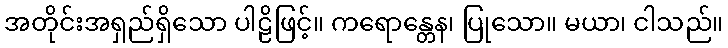
အတိုင်းအရှည်ရှိသော ပါဠိဖြင့်။ ကရောန္တေန၊ ပြုသော။ မယာ၊ ငါသည်။